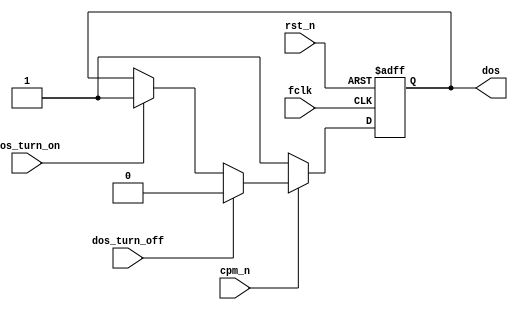
module zdos_1(
	input  wire        fclk,
	input  wire        rst_n,
	input  wire        dos_turn_on,
	input  wire        dos_turn_off,
	input  wire        cpm_n,
	output reg         dos
);
	always @(posedge fclk, negedge rst_n)
	if( !rst_n )
	begin
		dos = 1'b1;
	end
	else 
	begin
		if( !cpm_n )
			dos <= 1'b1;
		else if( dos_turn_off )
			dos <= 1'b0;
		else if( dos_turn_on )
			dos <= 1'b1;
	end
endmodule